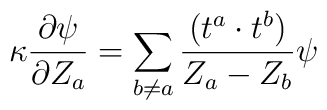
\kappa \frac{\partial \psi}{\partial Z_a} = \sum_{b \neq a}\frac{(t^a \cdot t^b )}{Z_a - Z_b} \psi